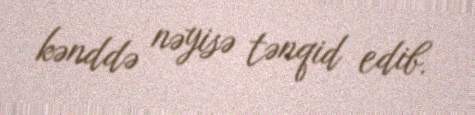
kənddə nəyisə tənqid edib.